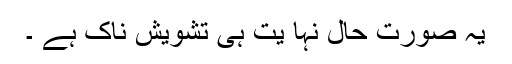
یہ صورت حال نہا یت ہی تشویش ناک ہے ۔